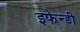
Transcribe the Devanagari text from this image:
इफेन्डी